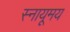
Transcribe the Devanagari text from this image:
स्नायूमय